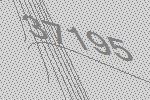
37195